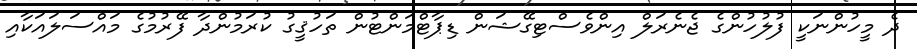
ދެ މީހުންނަކީ ފުލުހުންގެ ޖެނެރަލް އިންވެސްޓިގޭޝަން ޑިޕާޓްމަންޓުން ތަހުޤީގު ކުރަމުންދާ ފޭރުމުގެ މައްސަލައަކާއި